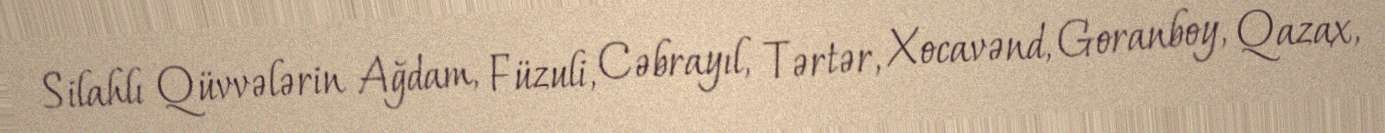
Silahlı Qüvvələrin Ağdam, Füzuli, Cəbrayıl, Tərtər, Xocavənd, Goranboy, Qazax,